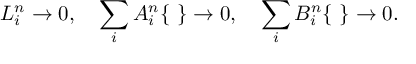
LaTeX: L _ { i } ^ { n } \rightarrow 0 , \quad \sum _ { i } { \cal A } _ { i } ^ { n } \{ \ \} \rightarrow 0 , \quad \sum _ { i } { \cal B } _ { i } ^ { n } \{ \ \} \rightarrow 0 .